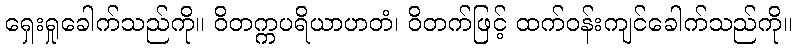
ရှေးရှုခေါက်သည်ကို။ ဝိတက္ကပရိယာဟတံ၊ ဝိတက်ဖြင့် ထက်ဝန်းကျင်ခေါက်သည်ကို။